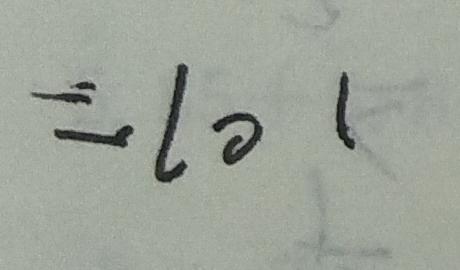
= 1 0 1